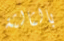
بالثالثة